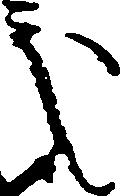
処